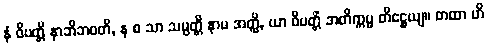
နံ ဝိပတ္တိ နာဘိဘဝတိ, န စ သာ သမ္ပတ္တိ နာမ အတ္ထိ, ယာ ဝိပတ္တိံ အတိက္ကမ္မ တိဋ္ဌေယျ။ တထာ ဟိ